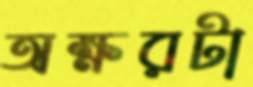
অক্ষরটা